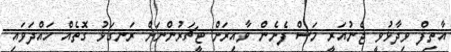
އާތިފް ވިދާޅުވީ ޖެނުއަރީ މަސް ފެށެން ވާއިރަށް ޓީޗަރުންނަށް ރަނގަޅު ގޮތެއް ހައްދަވައި